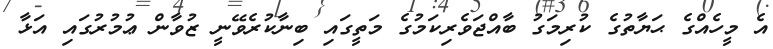
އެ މީހެއްގެ ޙަޔާތުގެ ކުރިމަގު ބާއްޖަވެރިކަމުގެ މަތީގައި ބިނާކުރެވޭނީ ޒުވާން ޢުމުރުގައި އަޅާ